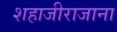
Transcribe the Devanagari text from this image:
शहाजीराजाना